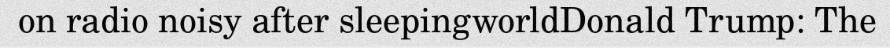
on radio noisy after sleepingworldDonald Trump: The